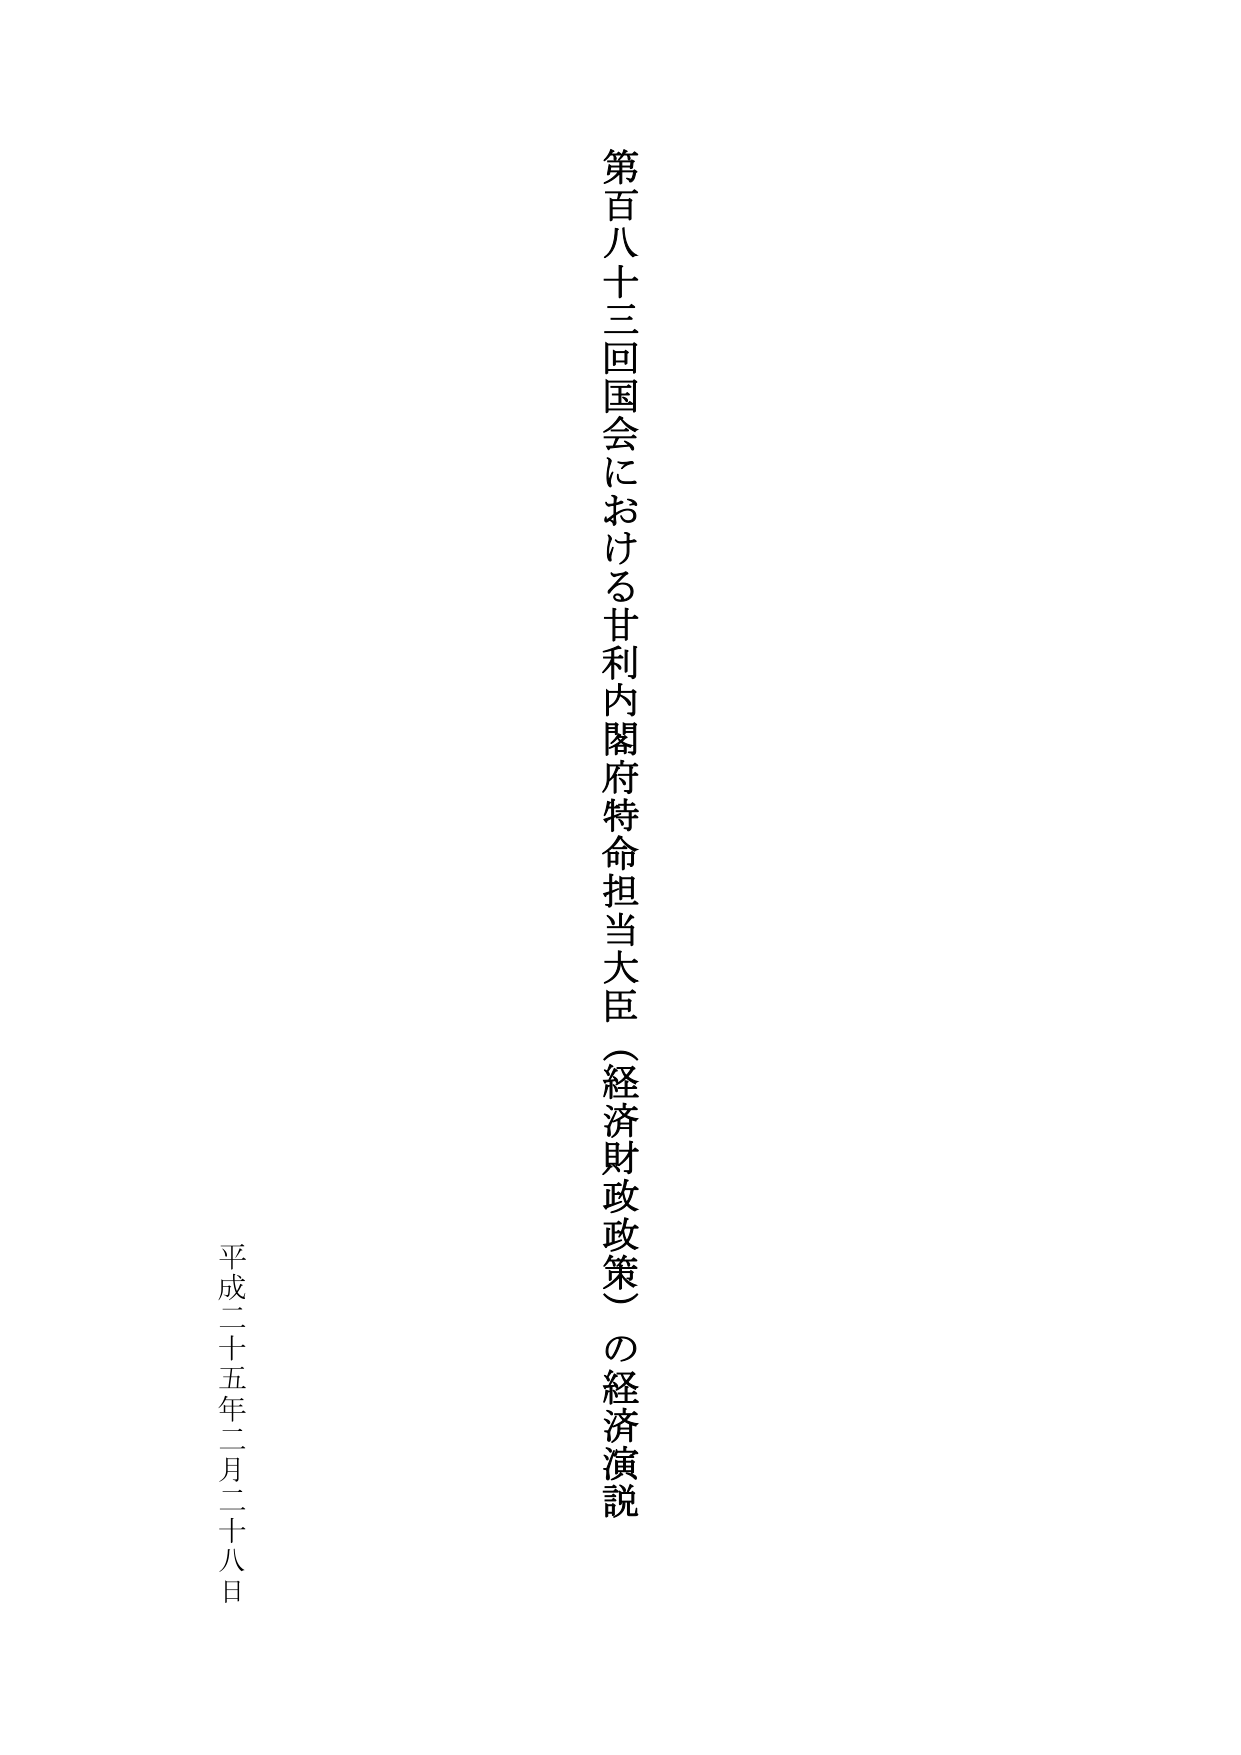
第百八十三回国会における甘利内閣府特命担当大臣（経済財政政策）の経済演説

平成二十五年二月二十八日